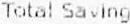
TOTAL SAVING